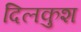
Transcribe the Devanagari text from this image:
दिलकुश